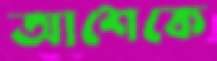
আশেকে